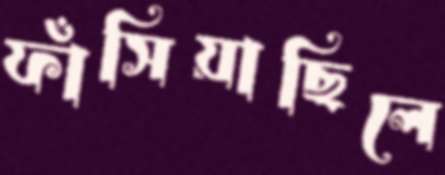
ফাঁসিয়াছিলে